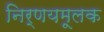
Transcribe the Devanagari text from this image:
निर्णयमूलक